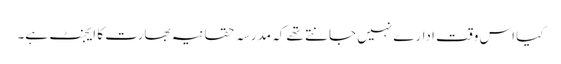
کیا اس وقت ادارے نہیں جانتے تھے کہ مدرسہ حقانیہ بھارت کا ایجنٹ ہے۔